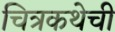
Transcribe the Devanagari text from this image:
चित्रकथेची